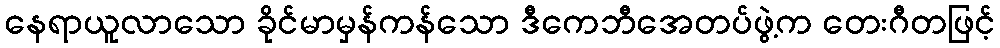
နေရာယူလာသော ခိုင်မာမှန်ကန်သော ဒီကေဘီအေတပ်ဖွဲ့က တေးဂီတဖြင့်